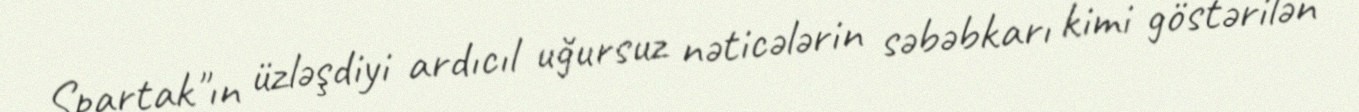
Spartak"ın üzləşdiyi ardıcıl uğursuz nəticələrin səbəbkarı kimi göstərilən